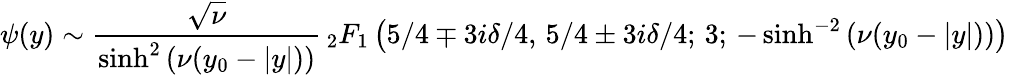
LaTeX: \psi(y)\sim\frac{\sqrt{\nu}}{\sinh^{2}\left(\nu(y_{0}-|y|)\right)}{\, }_{2}F_{1}\left(5/4\mp 3i\delta/4,\, 5/4\pm 3i\delta/4;\, 3;\, -\sinh^{-2}\left(\nu(y_{0}-|y|)\right)\right)